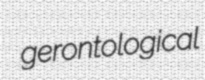
gerontological